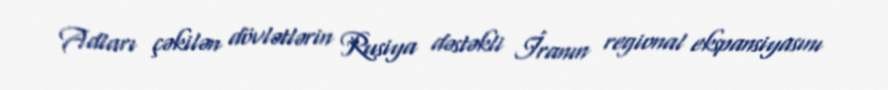
Adları çəkilən dövlətlərin Rusiya dəstəkli İranın regional ekspansiyasını